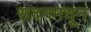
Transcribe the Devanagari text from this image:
सदनमधून